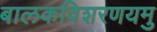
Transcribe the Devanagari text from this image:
बालकविशरणयमु